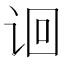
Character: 𬣬